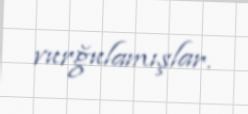
vurğulamışlar.